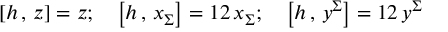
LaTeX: \left[ h \, , \, z \right] = z ; \quad \left[ h \, , \, x _ { \Sigma } \right] = { \o { 1 } { 2 } } \, x _ { \Sigma } ; \quad \left[ h \, , \, y ^ { \Sigma } \right] = { \o { 1 } { 2 } } \, y ^ { \Sigma }